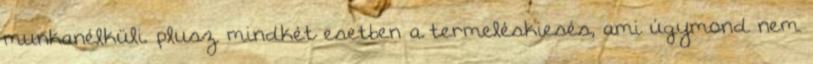
munkanélküli. plusz mindkét esetben a termeléskiesés, ami úgymond nem